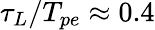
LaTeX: \tau_{L}/T_{pe}\approx 0.4